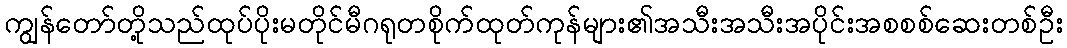
ကျွန်တော်တို့သည်ထုပ်ပိုးမတိုင်မီဂရုတစိုက်ထုတ်ကုန်များ၏အသီးအသီးအပိုင်းအစစစ်ဆေးတစ်ဦး